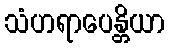
သံဟရာပေန္တိယာ